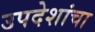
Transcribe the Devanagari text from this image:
उपदेशांचा